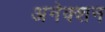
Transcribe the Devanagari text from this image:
अनेक्शन